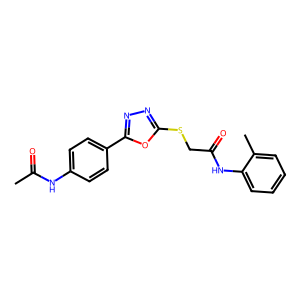
SMILES: CC(=O)Nc1ccc(-c2nnc(SCC(=O)Nc3ccccc3C)o2)cc1
Inhibits HIV replication: No